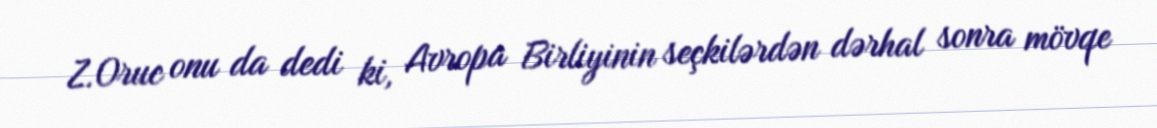
Z.Oruc onu da dedi ki, Avropa Birliyinin seçkilərdən dərhal sonra mövqe